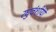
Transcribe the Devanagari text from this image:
रघुवंशीयों